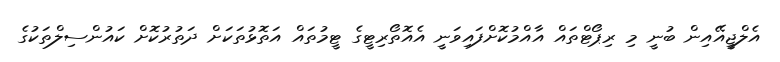
އެލްޖީއޭއިން ބުނީ މި ރިޕޯޓްތައް އާއްމުކޮށްފައިވަނީ އެއޮތޯރިޓީގެ ޓީމުތައް އަތޮޅުތަކަށް ދަތުރުކޮށް ކައުންސިލްތަކުގެ